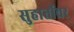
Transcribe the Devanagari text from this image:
सुहार्तोवर